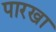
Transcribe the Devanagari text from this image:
पारखा